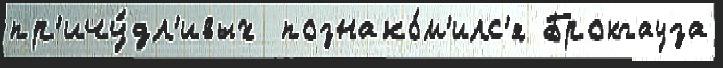
пр'ичу́дл'ивых  познако́м'илс'я Брокгауза